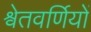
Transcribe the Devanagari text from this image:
श्वेतवर्णियों